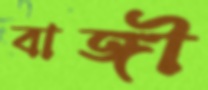
বাঙ্গী